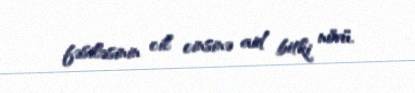
fəsiləsinin cil cinsinə aid bitki növü.